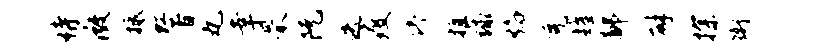
恃微抵虹著丸幸罘阮迭疫停推球焰免耀鄙辟探衡